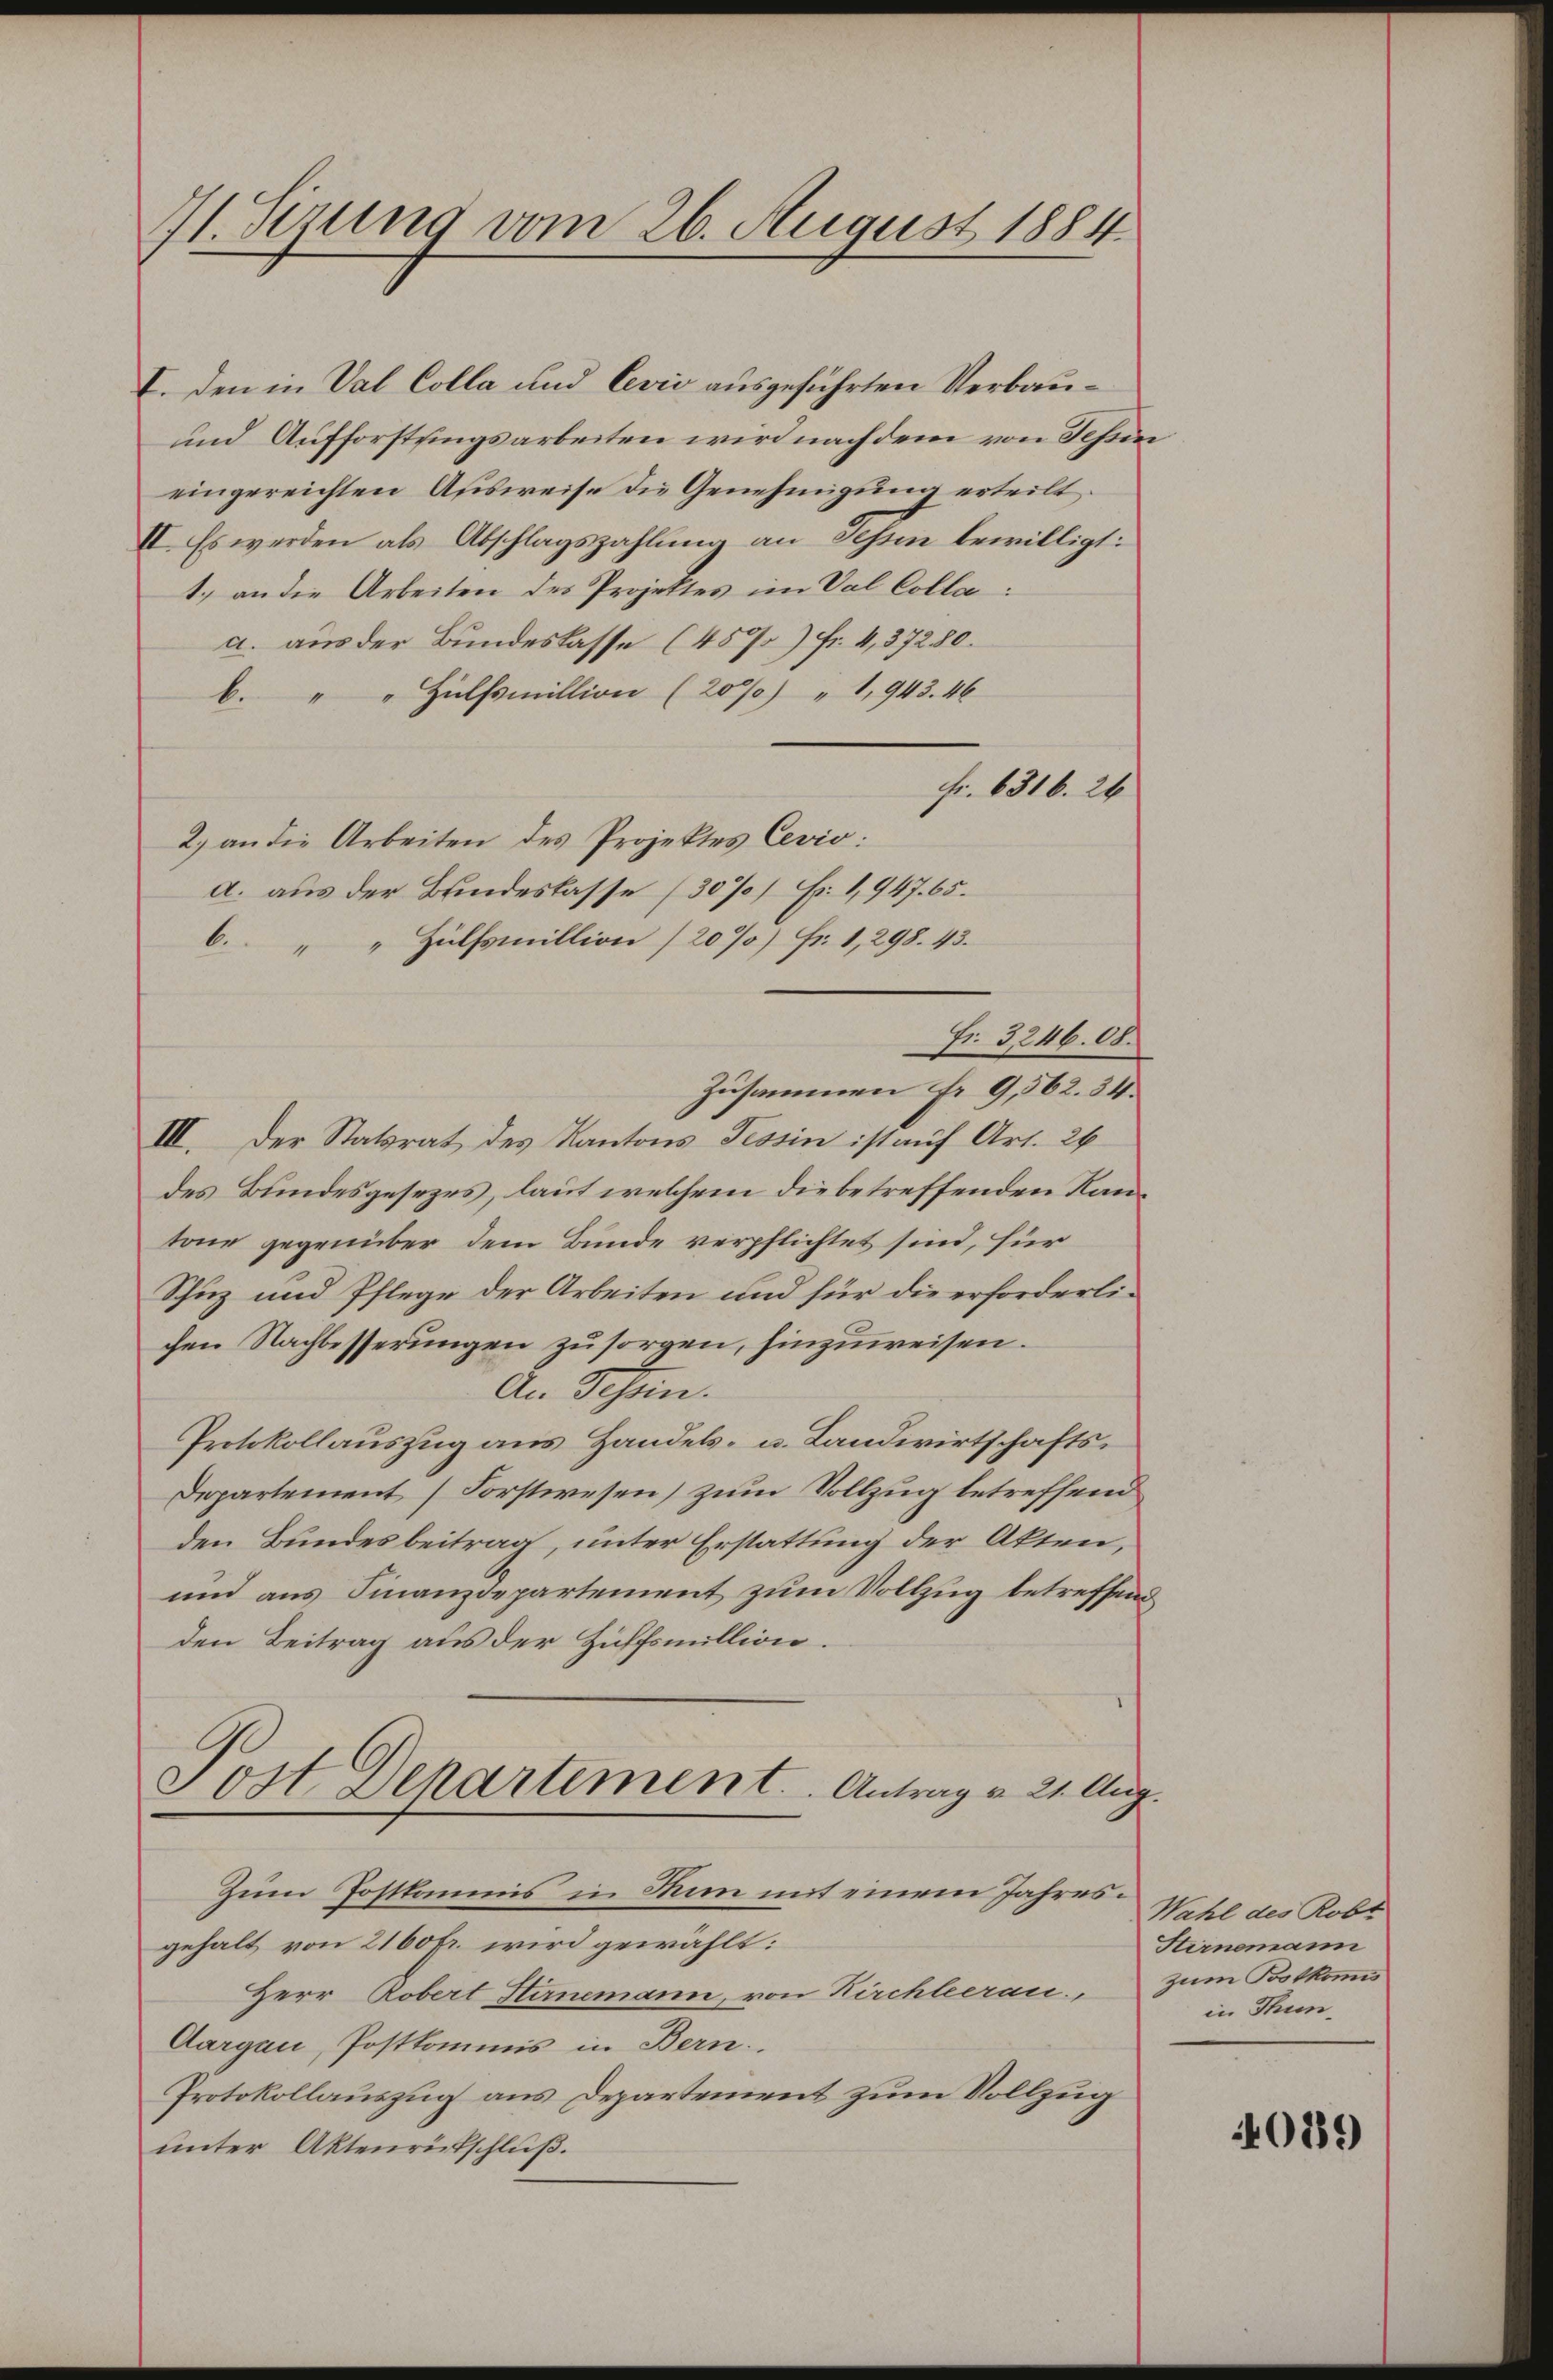
41. Sizung vom 26. August 1884.

I. Den in Val Colla und Cević ausgeführten Verbau¬
und Aufforstungsarbeiten wird nachdem von Schein
eingereichten Ausweise die Genehmigung erteilt.
II. Es werden als Abschlagszahlung an Tessin bewilligt:
1.) an die Arbeiten des Projektes im Val Colla:
a. aus der Bundeslasse (45) Fr. 4,37280.
b. " " Hülfsmillion (20%) " 1,943. 46
fr. 6316. 26
2.) an die Arbeiten des Projektes Cevio:
d. aus der Bindeskasse (30%) Fr. 1947. 65.
6. " " Hülfsmillion (20%) Fr. 1, 298. 43.
Fr. 3246. 08.
Zusammen fr. 9,562. 34.
III. Der Statsrat des Kantons Tessin ist auf Art. 26
des Bundesgesezes, laut welchem die betreffenden Kantone gegenüber dem Bunde verpflichtet sind, für
Schuz und Pflege der Arbeiten und für die erforderlichen Nachbesserungen zu sorgen, hinzuweisen.
An Schön.
Protokollauszug aus Handels- u. Landwirtschafts¬
Departement (Forstwesen) zum Vollzug betreffend
den Bundesbeitrag, unter Erstattung der Akten,
und aus Finanzdepartement zum Vollzug betreffend
den Beitrag aus der Hülfsmillion.
Post Departement. Antrag v. 21. Aug.
Zum Postkommnis in Man mit einem Jahresgehalt von 2160 fr. wird gewählt:
Herr Robert Stirnemann, von Kirchleerau, zum Botkomis
Aargau, Postkommis in Bern.
Protokollauszug aus Departement zum Vollzug
unter Aktenrütschluß.

Wahl des Robt
Stirnemann
in Thun¬

4089